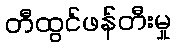
တီထွင်ဖန်တီးမှု